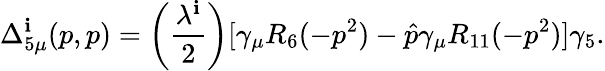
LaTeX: \Delta_{5\mu}^{\mathbf{i}}(p,p)=\left({\frac{{\lambda^{\mathbf{i}}}}{{2}}}\right)[\gamma_{\mu}R_{6}(-p^{2})-\hat{{p}}\gamma_{\mu}R_{11}(-p^{2})]\gamma_{5}.